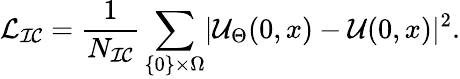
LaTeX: \mathcal{L}_{\mathcal{IC}}=\frac{1}{N_{\mathcal{IC}}}\sum_{\{ 0\} \times\Omega}\mathopen|\mathcal{U}_{\Theta}(0,x)-\mathcal{U}(0,x)\mathclose|^{2}.